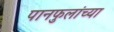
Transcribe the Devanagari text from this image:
पानफुलांच्या